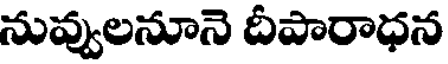
నువ్వులనూనె దీపారాధన